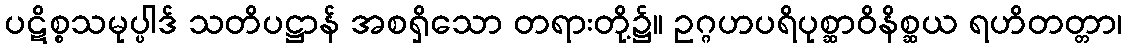
ပဋိစ္စသမုပ္ပါဒ် သတိပဋ္ဌာန် အစရှိသော တရားတို့၌။ ဥဂ္ဂဟပရိပုစ္ဆာဝိနိစ္ဆယ ရဟိတတ္တာ၊